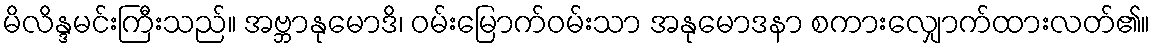
မိလိန္ဒမင်းကြီးသည်။ အဗ္ဘာနုမောဒိ၊ ဝမ်းမြောက်ဝမ်းသာ အနုမောဒနာ စကားလျှောက်ထားလတ်၏။